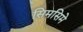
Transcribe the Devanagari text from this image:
सिमसिमे